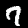
Label: 7